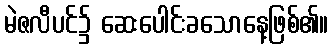
မဲဇလီပင်၌ ဆေးပေါင်းခသောနေ့ဖြစ်၏။